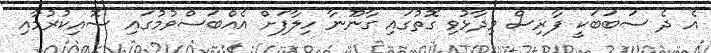
އެ ދެ ސަބަބަކީ ފާރިސް ވިދާޅުވި ގޮތުގައި ގާނޫނާ ހިލާފަށް އެއްބަސްވުމުގައި ސޮއިކުރުމާއި